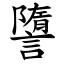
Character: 䜐